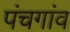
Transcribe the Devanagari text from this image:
पंचगांव